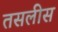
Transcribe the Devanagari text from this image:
तसलीस